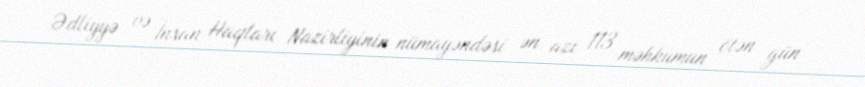
Ədliyyə və İnsan Haqları Nazirliyinin nümayəndəsi ən azı 113 məhkumun ötən gün